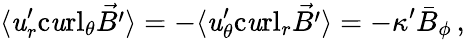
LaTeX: \langle{\mathit{u}}_{r}^{\prime}\mathrm{{c\mathit{u}rl}}_{\theta}\vec{{B^{\prime}}}\rangle=-\langle{\mathit{u}}_{\theta}^{\prime}\mathrm{{c\mathit{u}rl}}_{r}\vec{{B^{\prime}}}\rangle=-\kappa^{\prime}{{\bar{{B}}}_{\phi}}\, ,